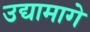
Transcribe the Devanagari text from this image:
उद्यामागे